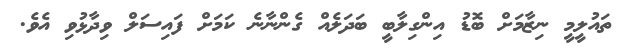
ތައުލީމީ ނިޒާމަށް ބޮޑު އިންގިލާބީ ބަދަލެއް ގެންނާނެ ކަމަށް ފައިސަލް ވިދާޅުވި އެވެ.